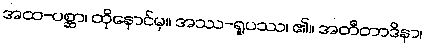
အထ-ပစ္ဆာ၊ ထိုနောင်မှ။ အဿ-ရူပဿ၊ ၏။ အတီတာဒိနာ၊